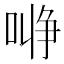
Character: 𰈞